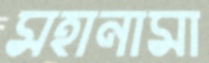
মহানামা